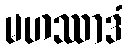
မဟဿာဒံ